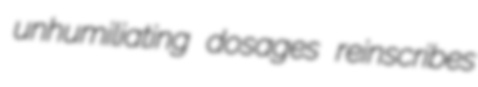
unhumiliating dosages reinscribes